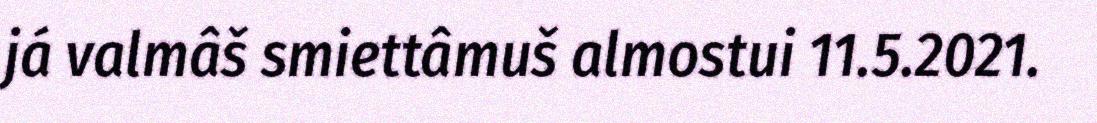
já valmâš smiettâmuš almostui 11.5.2021.